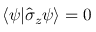
\langle \psi | \widehat { \sigma } _ { z } \psi \rangle = 0